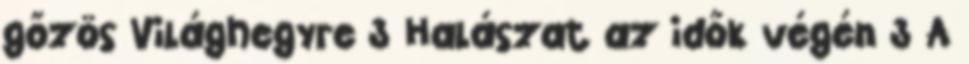
gőzös Világhegyre 3 Halászat az idők végén 3 A